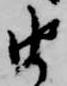
由